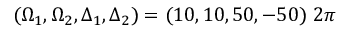
( \Omega _ { 1 } , \Omega _ { 2 } , \Delta _ { 1 } , \Delta _ { 2 } ) = ( 1 0 , 1 0 , 5 0 , - 5 0 ) ~ 2 \pi